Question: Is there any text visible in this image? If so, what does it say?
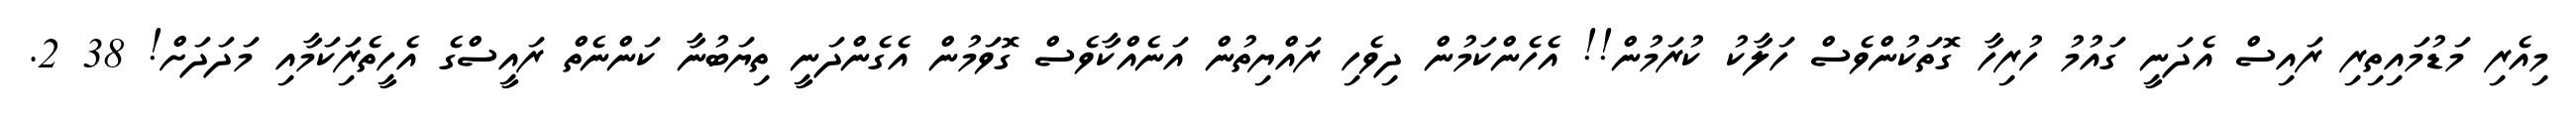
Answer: މިއެރި މަޑުމައިތިރި ރައިސް އެދަނީ ގައުމު ހުރިހާ ގޮތަކުންވެސް ހަލާކު ކުރަމުން!! އެހެންކަމުން ދިވެހި ރައްޔިތުން އަނެއްކާވެސް ގޮވަމުން އެގެންދަނީ ތިޔަބުނާ ކަންނެތް ރައީސްގެ އެހީތެރިަކަމާއި މަދަދަށް! 38 2.